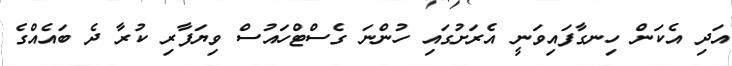
އަދި އެކަން ހިނގާފައިވަނީ އެރަށުގައި ހުންނަ ގެސްޓްހައުސް ވިޔަފާރި ކުރާ ދެ ބައެއްގެ